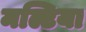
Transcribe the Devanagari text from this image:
मल्टिया